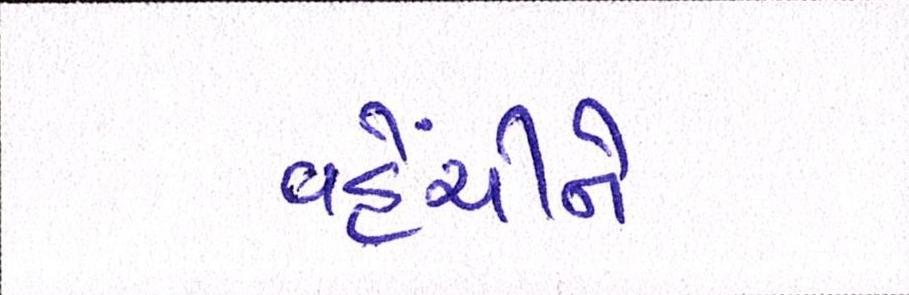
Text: વહેંચીને